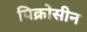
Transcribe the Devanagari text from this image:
पिक्रोसीन